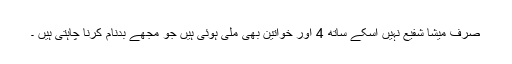
صرف میشا شفیع نہیں اسکے ساتھ 4 اور خواتین بھی ملی ہوئی ہیں جو مجھے بدنام کرنا چاہتی ہیں ۔